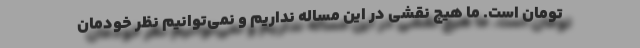
تومان است. ما هیچ نقشی در این مساله نداریم و نمی‌توانیم نظر خودمان